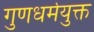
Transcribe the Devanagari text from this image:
गुणधर्मयुक्त